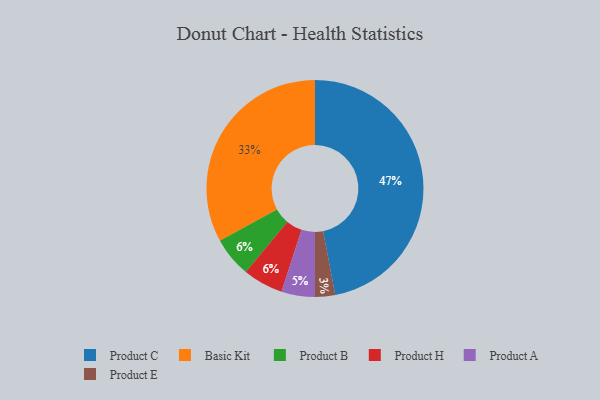
{"axis": {"x": "Category", "y": "Percentage"}, "legend": ["Basic Kit", "Product A", "Product B", "Product C", "Product E", "Product H"], "data": [{"x": "Product A", "y": 5, "type": "Product A"}, {"x": "Product B", "y": 6, "type": "Product B"}, {"x": "Basic Kit", "y": 33, "type": "Basic Kit"}, {"x": "Product H", "y": 6, "type": "Product H"}, {"x": "Product E", "y": 3, "type": "Product E"}, {"x": "Product C", "y": 47, "type": "Product C"}]}